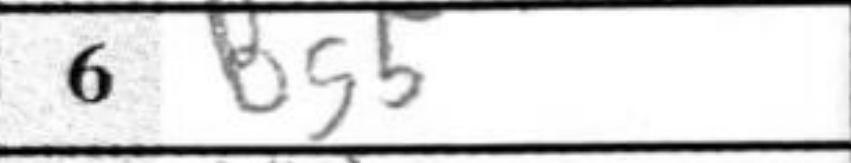
Transcription: Bg5